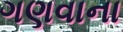
ગણવાના